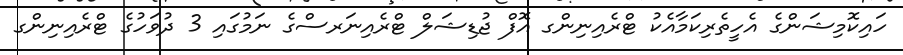
ހައިކޮމިޝަންގެ އެހީތެރިކަމާއެކު ޓްރެއިނިންގ އޮފް ޖުޑިޝަލް ޓްރެއިނަރސްގެ ނަމުގައި 3 ދުވަހުގެ ޓްރެއިނިންގ